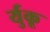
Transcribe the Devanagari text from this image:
र्युकू